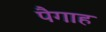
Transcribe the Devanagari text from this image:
पैगाह